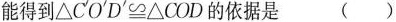
能得到\triangle C^{\prime}O^{\prime}D^{\prime}\cong \triangle COD的依据是 ( )